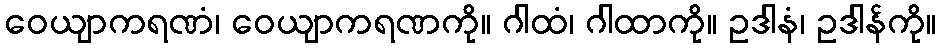
ဝေယျာကရဏံ၊ ဝေယျာကရဏကို။ ဂါထံ၊ ဂါထာကို။ ဥဒါနံ၊ ဥဒါန်ကို။